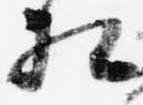
相